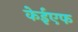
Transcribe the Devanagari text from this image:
केईएफ